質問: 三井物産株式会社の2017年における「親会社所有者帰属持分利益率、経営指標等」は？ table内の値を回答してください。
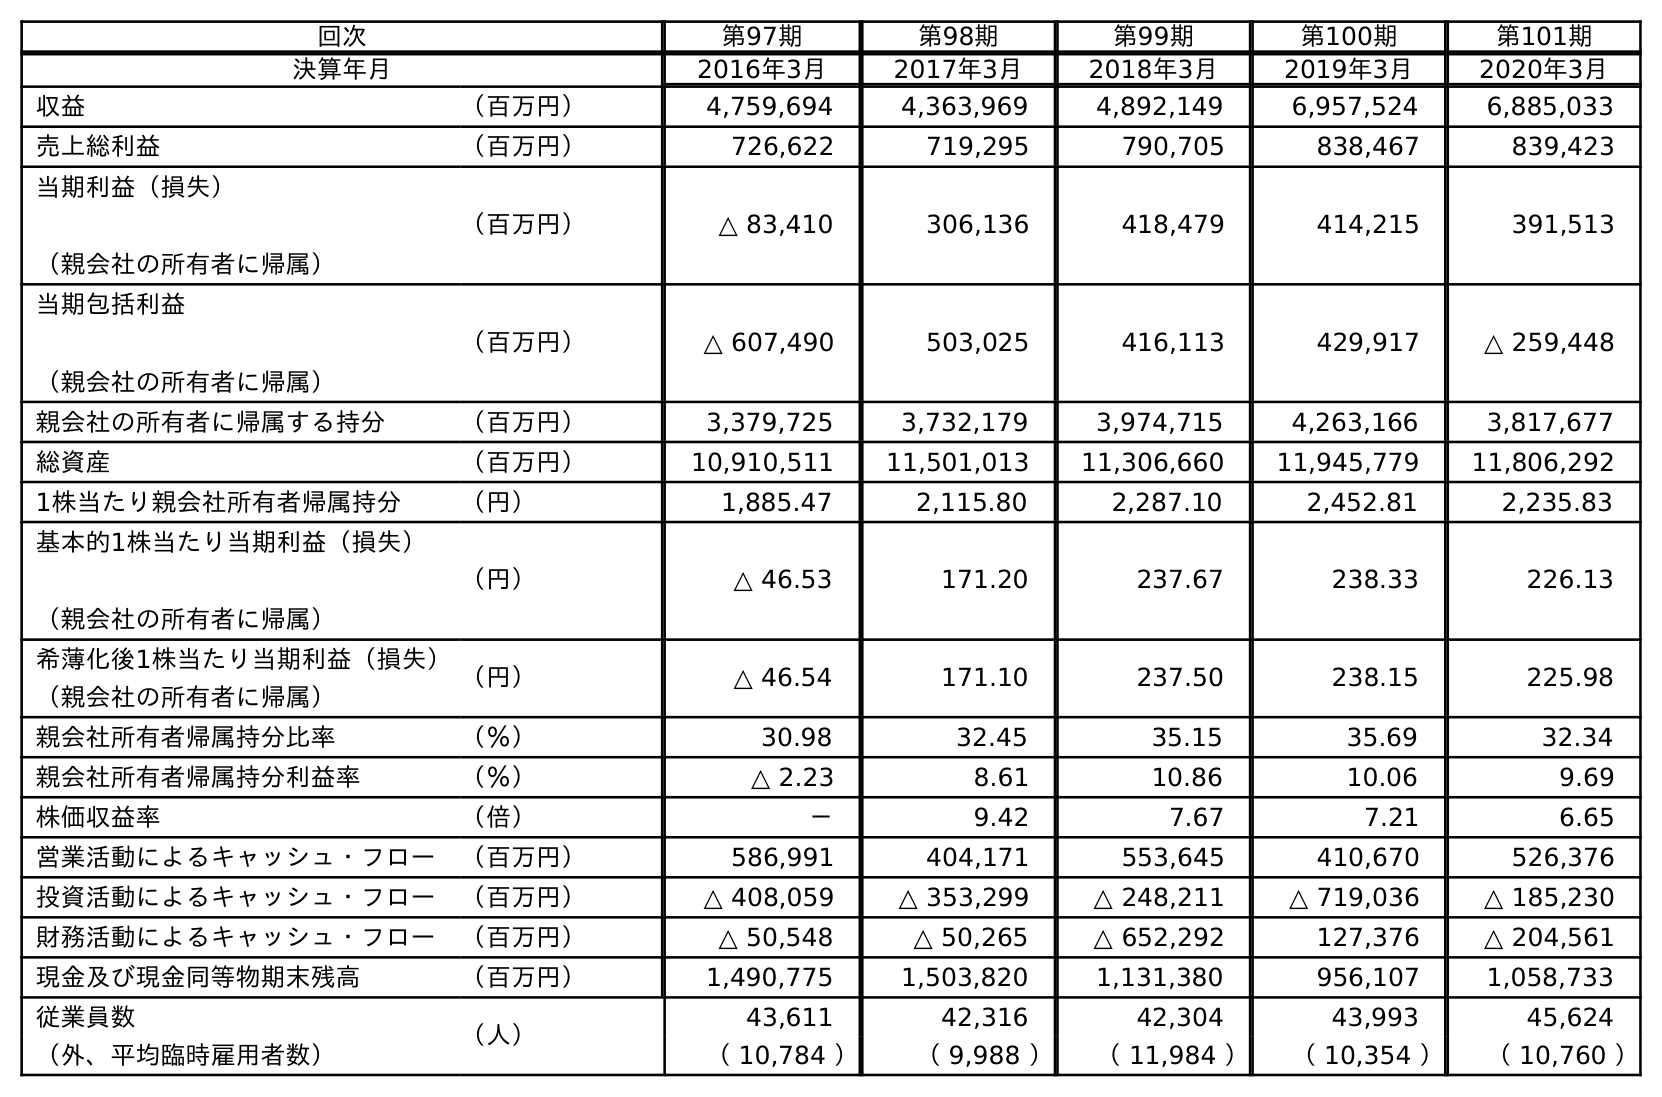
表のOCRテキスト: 回次 第97期 第98期 第99期 第100期 第101期 決算年月 2016年3月 2017年3月 2018年3月 2019年3月 2020年3月 収益 （百万円） 4,759,694 4,363,969 4,892,149 6,957,524 6,885,033 売上総利益 （百万円） 726,622 719,295 790,705 838,467 839,423 当期利益（損失） （親会社の所有者に帰属） （百万円） △ 83,410 306,136 418,479 414,215 391,513 当期包括利益 （親会社の所有者に帰属） （百万円） △ 607,490 503,025 416,113 429,917 △ 259,448 親会社の所有者に帰属する持分 （百万円） 3,379,725 3,732,179 3,974,715 4,263,166 3,817,677 総資産 （百万円） 10,910,511 11,501,013 11,306,660 11,945,779 11,806,292 1株当たり親会社所有者帰属持分 （円） 1,885.47 2,115.80 2,287.10 2,452.81 2,235.83 基本的1株当たり当期利益（損失） （親会社の所有者に帰属） （円） △ 46.53 171.20 237.67 238.33 226.13 希薄化後1株当たり当期利益（損失） （親会社の所有者に帰属） （円） △ 46.54 171.10 237.50 238.15 225.98 親会社所有者帰属持分比率 （％） 30.98 32.45 35.15 35.69 32.34 親会社所有者帰属持分利益率 （％） △ 2.23 8.61 10.86 10.06 9.69 株価収益率 （倍） － 9.42 7.67 7.21 6.65 営業活動によるキャッシュ・フロー （百万円） 586,991 404,171 553,645 410,670 526,376 投資活動によるキャッシュ・フロー （百万円） △ 408,059 △ 353,299 △ 248,211 △ 719,036 △ 185,230 財務活動によるキャッシュ・フロー （百万円） △ 50,548 △ 50,265 △ 652,292 127,376 △ 204,561 現金及び現金同等物期末残高 （百万円） 1,490,775 1,503,820 1,131,380 956,107 1,058,733 従業員数 （人） 43,611 42,316 42,304 43,993 45,624 （外、平均臨時雇用者数） （ 10,784 ） （ 9,988 ） （ 11,984 ） （ 10,354 ） （ 10,760 ）
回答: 8.61